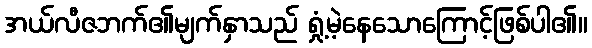
အယ်လီဇဘက်၏မျက်နှာသည် ရှုံ့မဲ့နေသောကြောင့်ဖြစ်ပါ၏။